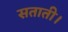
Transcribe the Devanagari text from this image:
सताती।